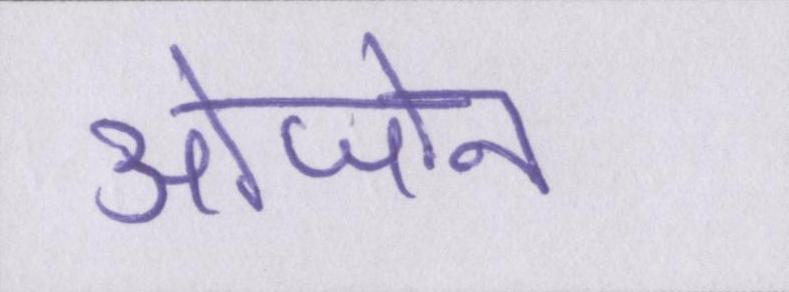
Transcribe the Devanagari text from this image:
ओजोन